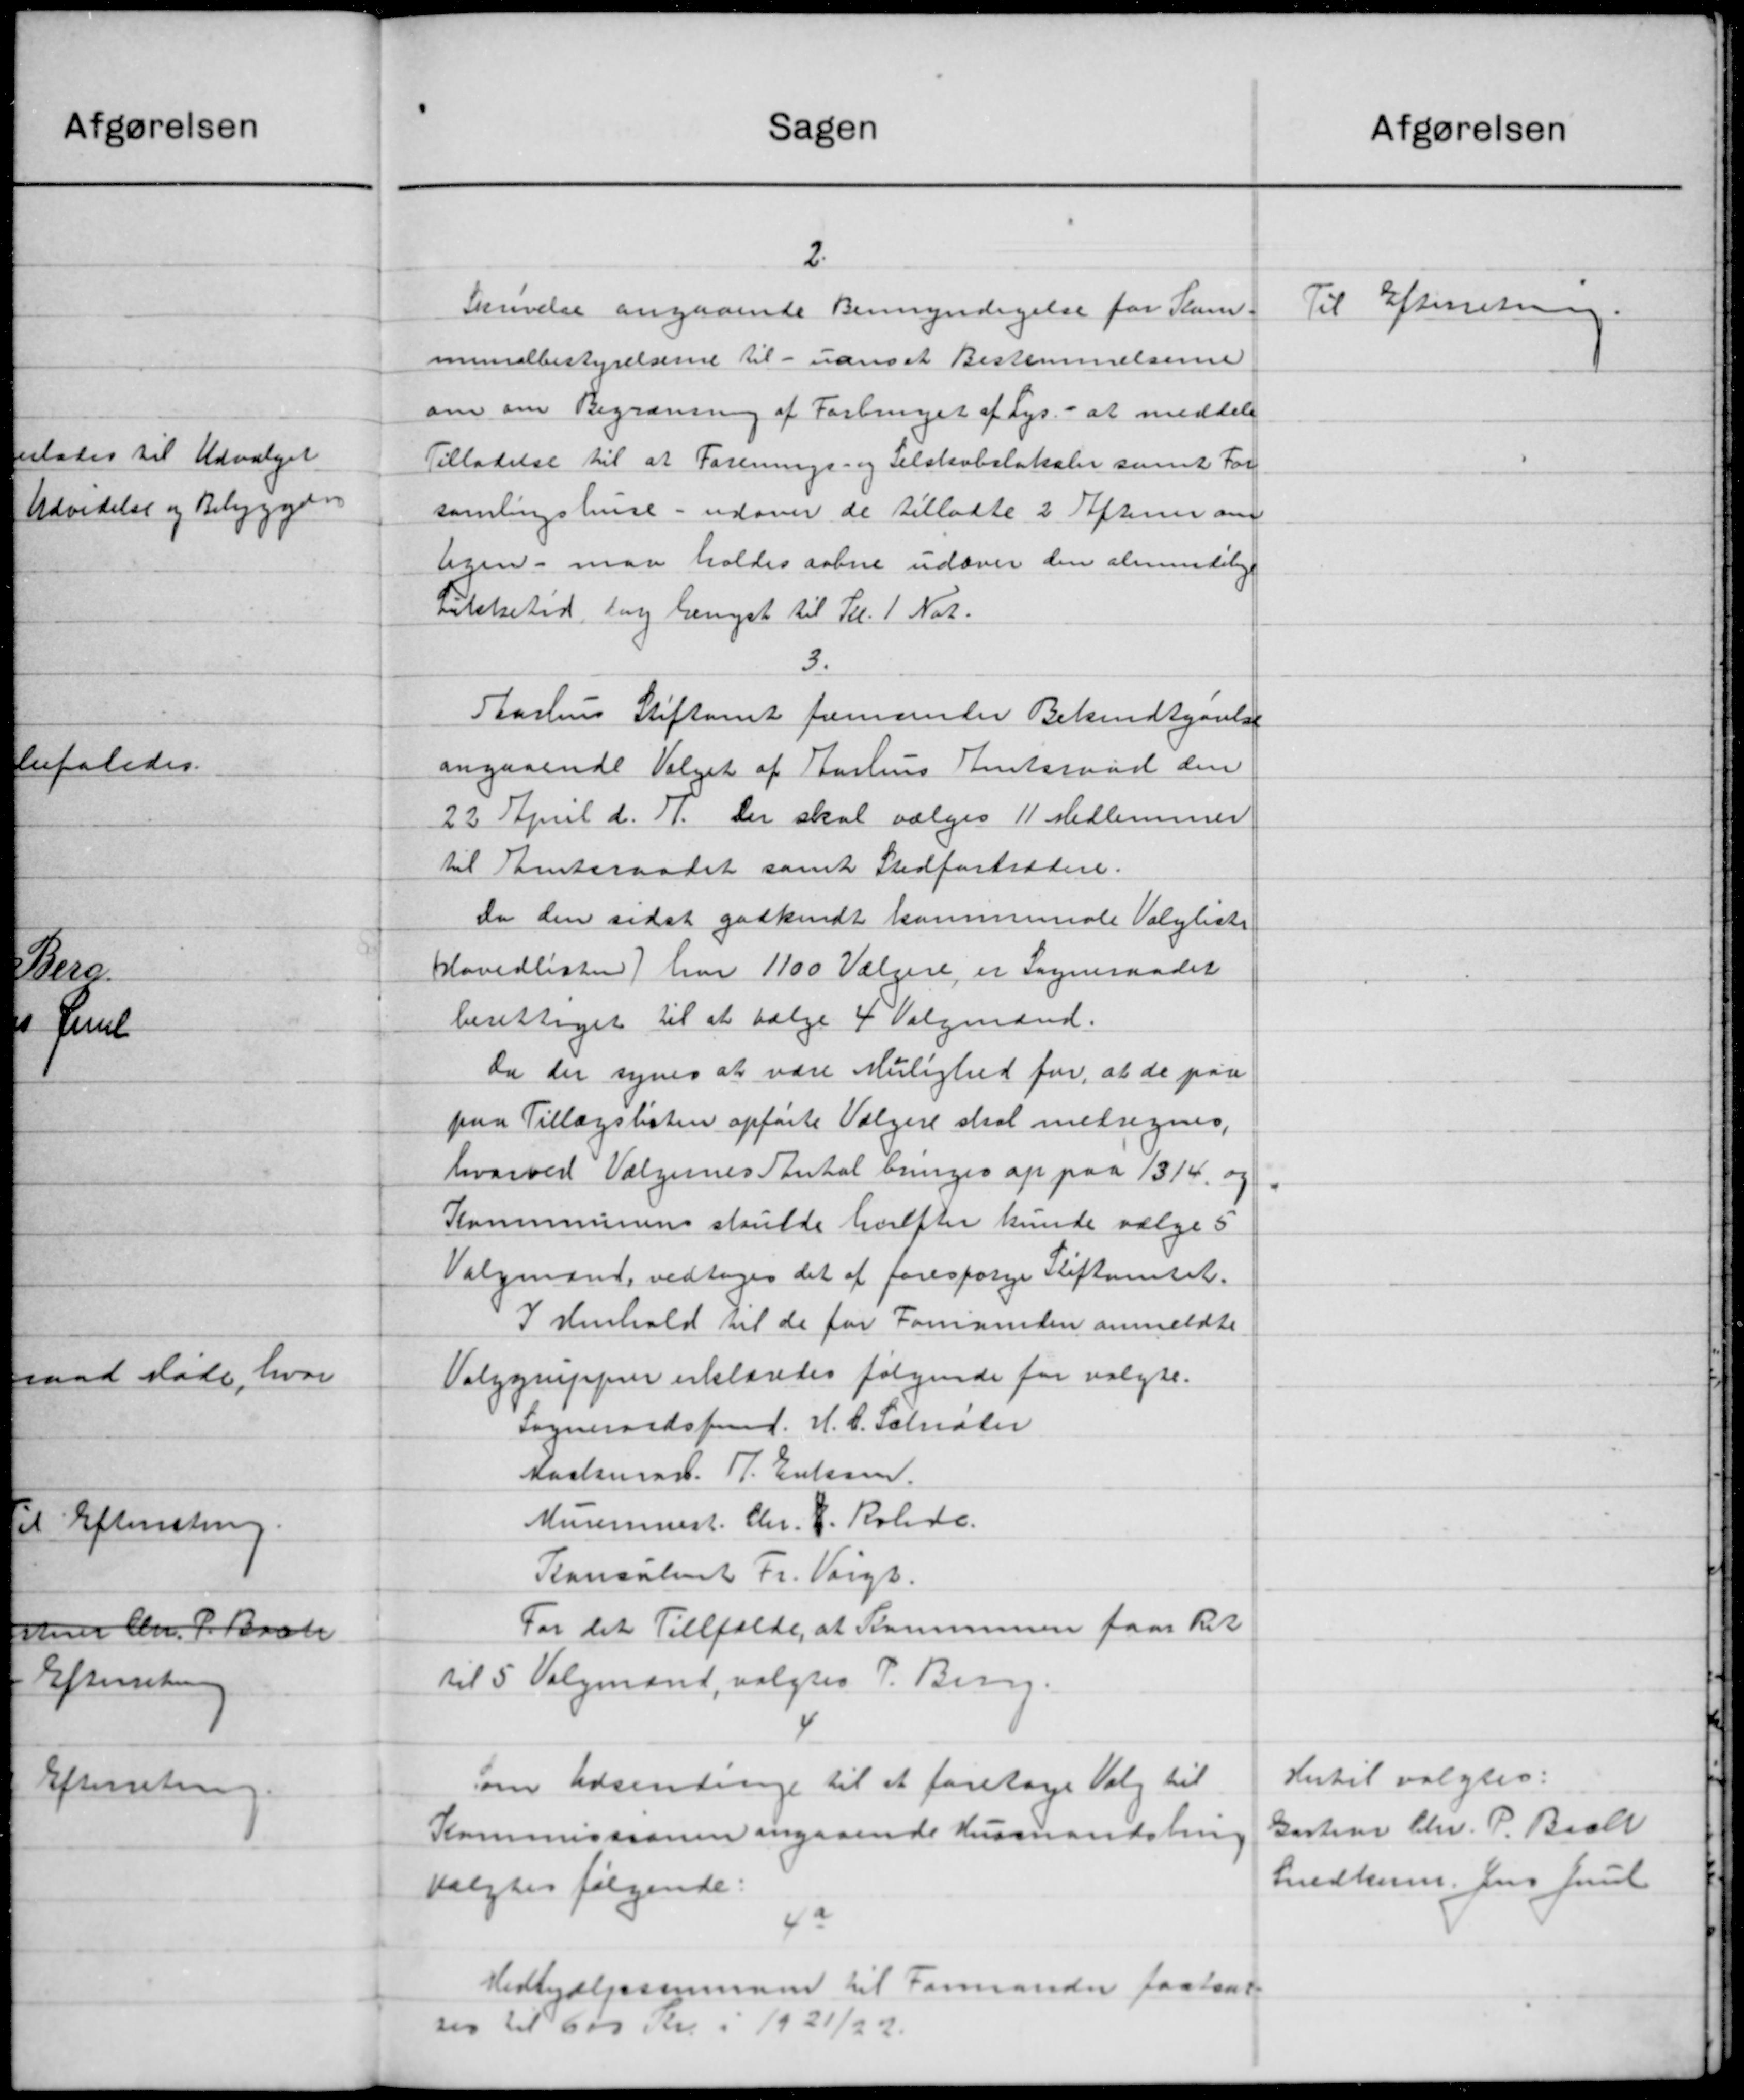
Transskription:
Sagen
2.
Skrivelse angaaende Bemyndigelse for Kam
munalbestyrelserne til - uanset Bestemmelserne
om om Begrænsning af Forbruget af Lys. - at meddele
Tilladelse til at Forenings- og Selskabslokaler samt For
samlingshuse - udover de tilladte 2 Aften om
ligen - maa holdes aabne udover den almindelige
vitetetid, tog længst til Pl. 1 Nat.
3.
Aarhus Stiftamt fremsender Bekendtgørelse
angaaende Valget af Aarhus Amtsraad den
22 April d. 11. Der skal vælges 1 Medlemmer
til Amtsraadet samt Stedfortrætne.
Da den sidst godkendt kommunale Valgliste
Hovedlisten har 1100 Vælgere, er Sogneraadet
berettiget til at vælge 4 Valgmænd.
Da der synes at være Mulighed for, at de paa
paa Tillægslisten opførte Vælgere skal medregnes,
hvorved Vælgernes Antal bringes op paa 13 Kr. og
Kommunens skulde herefter kunde vælge 5
Valgmand vedtoges det at forespørge Stiftamtet.
I Henhold til de for Formanden anmeldte
Valggrupper erklæredes følgende for valgte.
Sogneraadsformd. H. C. Schiøler
Kashmad. R. Enken.
Murermest Chr. P. Rohde.
Ponsalent Fr. Valgt.
For det Tilfælde, at Kommunen faar Ret
til 5 Valgmand, valgtes P. Berg.
om Udsendringe til at foretage Valg til
Kommissionen angaaende Husmandshus
valgtes følgende:
4a
Hedhjælpermand til Formanden fastsat
ses til 600 Kr. i 1921/22.